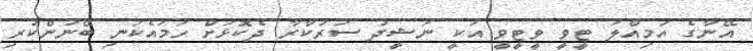
އޭނާގެ އަމިއްލަ ޓީވީ ވީޓީވީ އަކީ ނަޝީދު ސަރުކާރާ ދެކޮޅަށް ހަމައެކަނި ބޭނުންކުރި